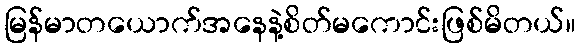
မြန်မာတယောက်အနေနဲ့စိတ်မကောင်းဖြစ်မိတယ်။